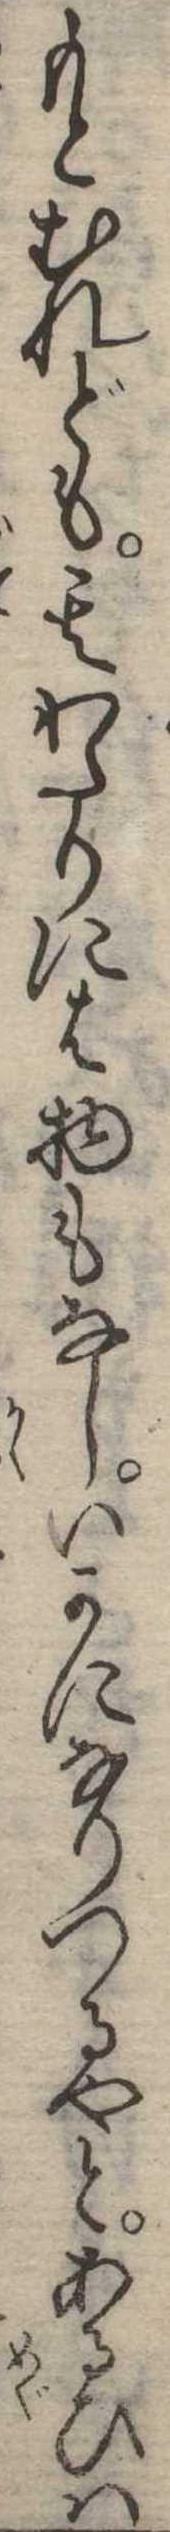
もとむれども其わたりには物もなしいかになりつるやとあるひは